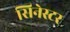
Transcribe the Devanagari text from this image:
सिनेस्टर